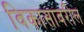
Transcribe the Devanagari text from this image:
विकासावरील